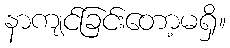
နာကျင်ခြင်းတော့မရှိ။